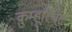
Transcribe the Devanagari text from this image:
क़ुम्हूरियेट